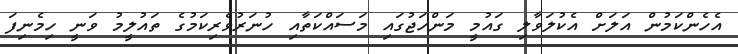
އެހެންކަމުން އަލަށް އެކުލަވާލި ގައުމީ މަންހަޖުގައި މަސައްކަތާއި ހުނަރުވެރިކަމުގެ ތައުލީމު ވަނީ ހިމެނިފަ